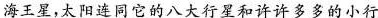
海王星，太阳连同它的八大行星和许许多多的小行